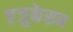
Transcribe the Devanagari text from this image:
एजुकेसन